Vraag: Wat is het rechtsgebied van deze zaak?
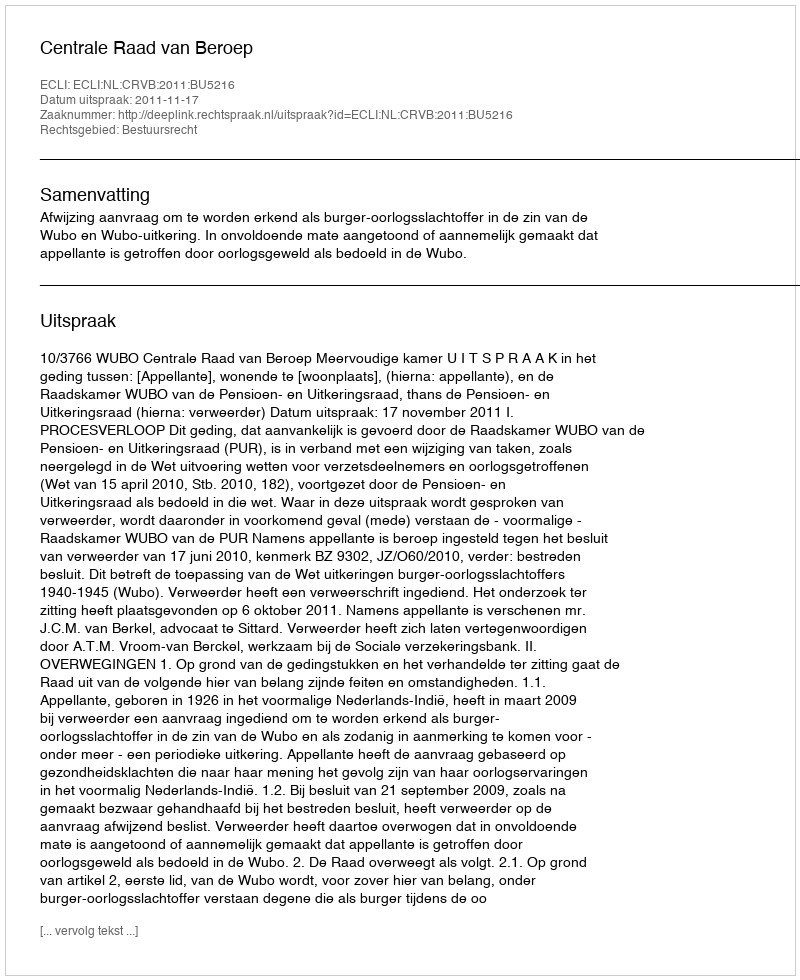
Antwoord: Bestuursrecht